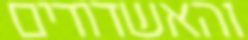
והאשדודים